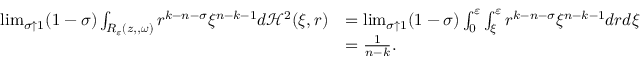
\begin{array} { r l } { \operatorname* { l i m } _ { \sigma \uparrow 1 } ( 1 - \sigma ) \int _ { R _ { \varepsilon } ( z , \aa , \boldsymbol { \omega } ) } r ^ { k - n - \sigma } \xi ^ { n - k - 1 } d \mathcal H ^ { 2 } ( \xi , r ) } & { = \operatorname* { l i m } _ { \sigma \uparrow 1 } ( 1 - \sigma ) \int _ { 0 } ^ { \varepsilon } \int _ { \xi } ^ { \varepsilon } r ^ { k - n - \sigma } \xi ^ { n - k - 1 } d r d \xi } \\ & { = \frac { 1 } { n - k } . } \end{array}